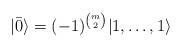
LaTeX: \begin{align*}|\bar{0}\rangle=(-1)^{{m \choose 2}}|1,\ldots,1\rangle\end{align*}